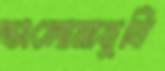
ভালোমানুষি